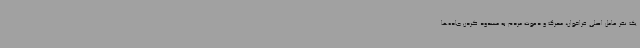
یک نفر عامل اصلی فراخوان‌، محرک و دعوت مردم به مسدود کردن جاده‌ها